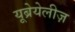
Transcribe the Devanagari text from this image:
यूब्रेयेलीज़